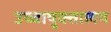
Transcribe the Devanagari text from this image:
उच्चायुक्तालय